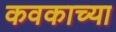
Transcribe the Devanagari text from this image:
कवकाच्या